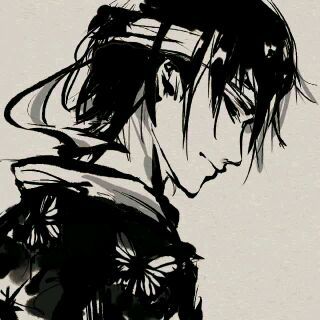
恐断红尚有相思字，何由见得。